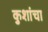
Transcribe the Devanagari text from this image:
कुशांचा